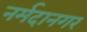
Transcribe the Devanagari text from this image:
नर्मदानगर